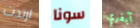
ارتدت سونا آيفري